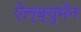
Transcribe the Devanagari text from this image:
ऐल्ब्युमेन